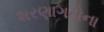
શરણાગતોના